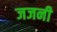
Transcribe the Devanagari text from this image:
जजनी